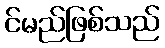
င်မည်ဖြစ်သည်